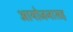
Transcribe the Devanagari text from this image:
आयोजनासह